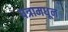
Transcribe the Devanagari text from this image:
पत्रामधून